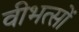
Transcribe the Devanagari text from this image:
वीभत्सों